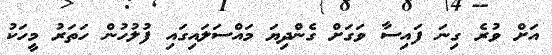
އަށް ވުރެ ގިނަ ފައިސާ ވަގަށް ގެންދިޔަ މައްސަލައިގައި ފުލުހުން ހަތަރު މީހަކު